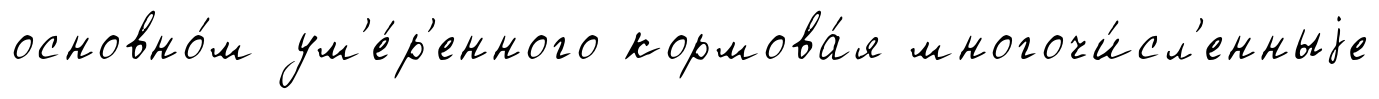
основно́м ум'е́р'енного кормова́я многочи́сл'енныjе